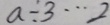
a \div 3 \cdots 2